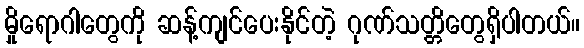
မှိုရောဂါတွေကို ဆန့်ကျင်ပေးနိုင်တဲ့ ဂုဏ်သတ္တိတွေရှိပါတယ်။